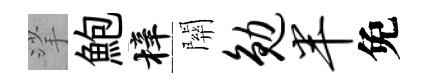
挲鮑梓關勉半免